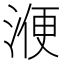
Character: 𣸇